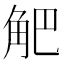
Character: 𧣃